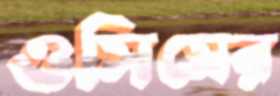
ওসিমের